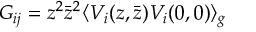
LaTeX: { \cal G } _ { i j } = z ^ { 2 } { \bar { z } } ^ { 2 } \langle V _ { i } ( z , { \bar { z } } ) V _ { i } ( 0 , 0 ) \rangle _ { g }